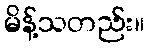
မိန့်သတည်း။